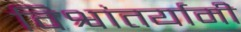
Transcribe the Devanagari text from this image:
विश्वांतर्यामी